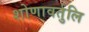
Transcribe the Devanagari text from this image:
शोणावर्तुलि